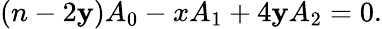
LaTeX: (n-2\mathbf{y})A_{0}-xA_{1}+4\mathbf{y}A_{2}=0.